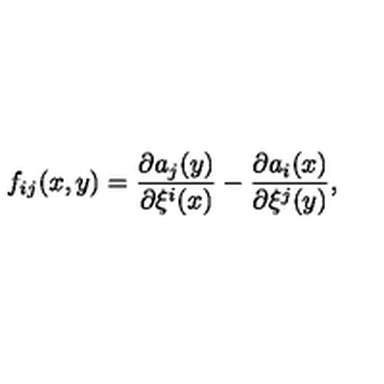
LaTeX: f _ { i j } ( x , y ) = \frac { \partial a _ { j } ( y ) } { \partial \xi ^ { i } ( x ) } - \frac { \partial a _ { i } ( x ) } { \partial \xi ^ { j } ( y ) } ,